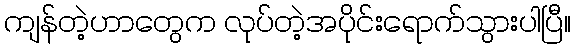
ကျန်တဲ့ဟာတွေက လုပ်တဲ့အပိုင်းရောက်သွားပါပြီ။